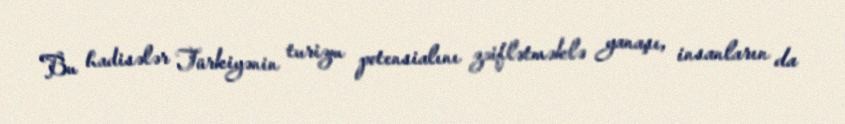
Bu hadisələr Türkiyənin turizm potensialını zəiflətməklə yanaşı, insanların da